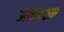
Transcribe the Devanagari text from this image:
आद्याश्म